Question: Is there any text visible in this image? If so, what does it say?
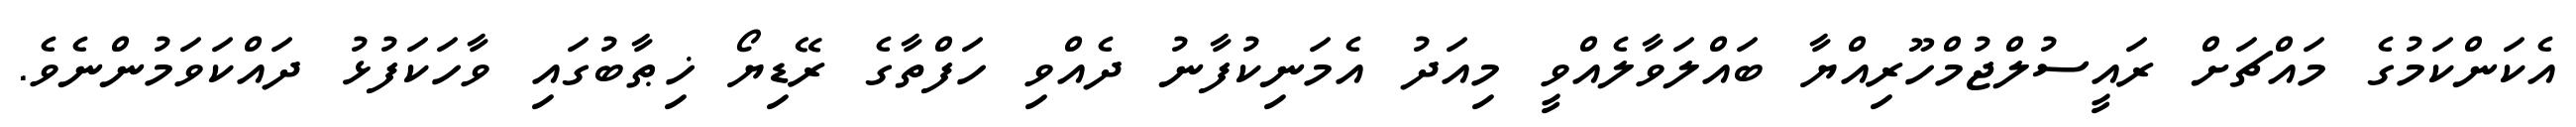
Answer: އެކަންކަމުގެ މައްޗަށް ރައީސުލްޖުމްހޫރިއްޔާ ބައްލަވާލެއްވީ މިއަދު އެމަނިކުފާނު ދެއްވި ހަފްތާގެ ރޭޑިޔޯ ޚިޠާބުގައި ވާހަކަފުޅު ދައްކަވަމުންނެވެ.